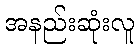
အနည်းဆုံးလူ